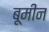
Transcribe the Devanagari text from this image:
बूमीन